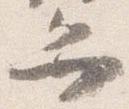
弁